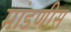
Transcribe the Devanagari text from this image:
मांडणीस